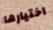
اختيارها